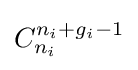
C_{n_{i}}^{n_{i}+g_{i}-1}